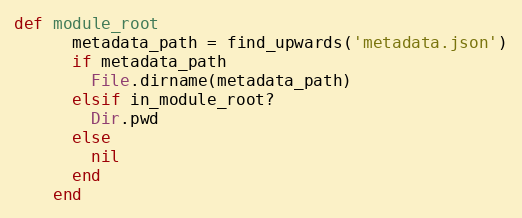
Language: Ruby
def module_root
      metadata_path = find_upwards('metadata.json')
      if metadata_path
        File.dirname(metadata_path)
      elsif in_module_root?
        Dir.pwd
      else
        nil
      end
    end